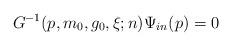
LaTeX: \begin{align*}G^{-1}(p,m_{0},g_{0},\xi;n)\Psi_{in}(p)=0\end{align*}